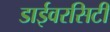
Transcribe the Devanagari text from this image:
डाईवरसिटी